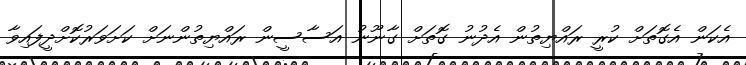
އެކަން އެގޮތަށް ކުރީ ރައްޔިތުން އެދުނު ގޮތަށް ގާނޫނު އަސާސީން ރައްޔިތުންނަށް ކަށަވަރުކޮށްދީފައިވާ